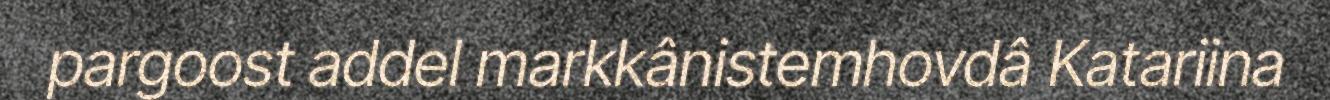
pargoost addel markkânistemhovdâ Katariina